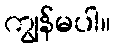
ကျွန်မပါ။